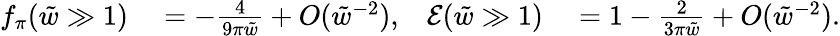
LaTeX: \begin{array}{rlrl}{f_{\pi}(\tilde{w}\gg 1)}&{{}=-\frac{4}{9\pi\tilde{w}}+O(\tilde{w}^{-2}),}&{\mathcal{E}(\tilde{w}\gg 1)}&{{}=1-\frac{2}{3\pi\tilde{w}}+O(\tilde{w}^{-2}).}\end{array}